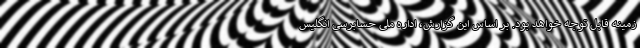
زمینه قابل توجه خواهد بود. بر اساس این گزارش، اداره ملی حسابرسی انگلیس